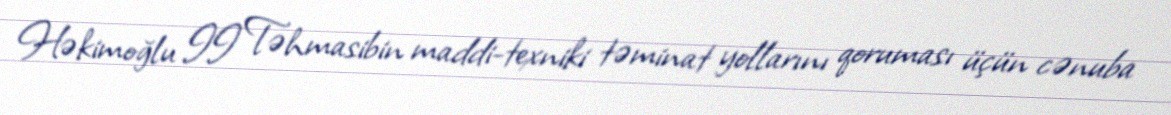
Həkimoğlu II Təhmasibin maddi-texniki təminat yollarını qoruması üçün cənuba